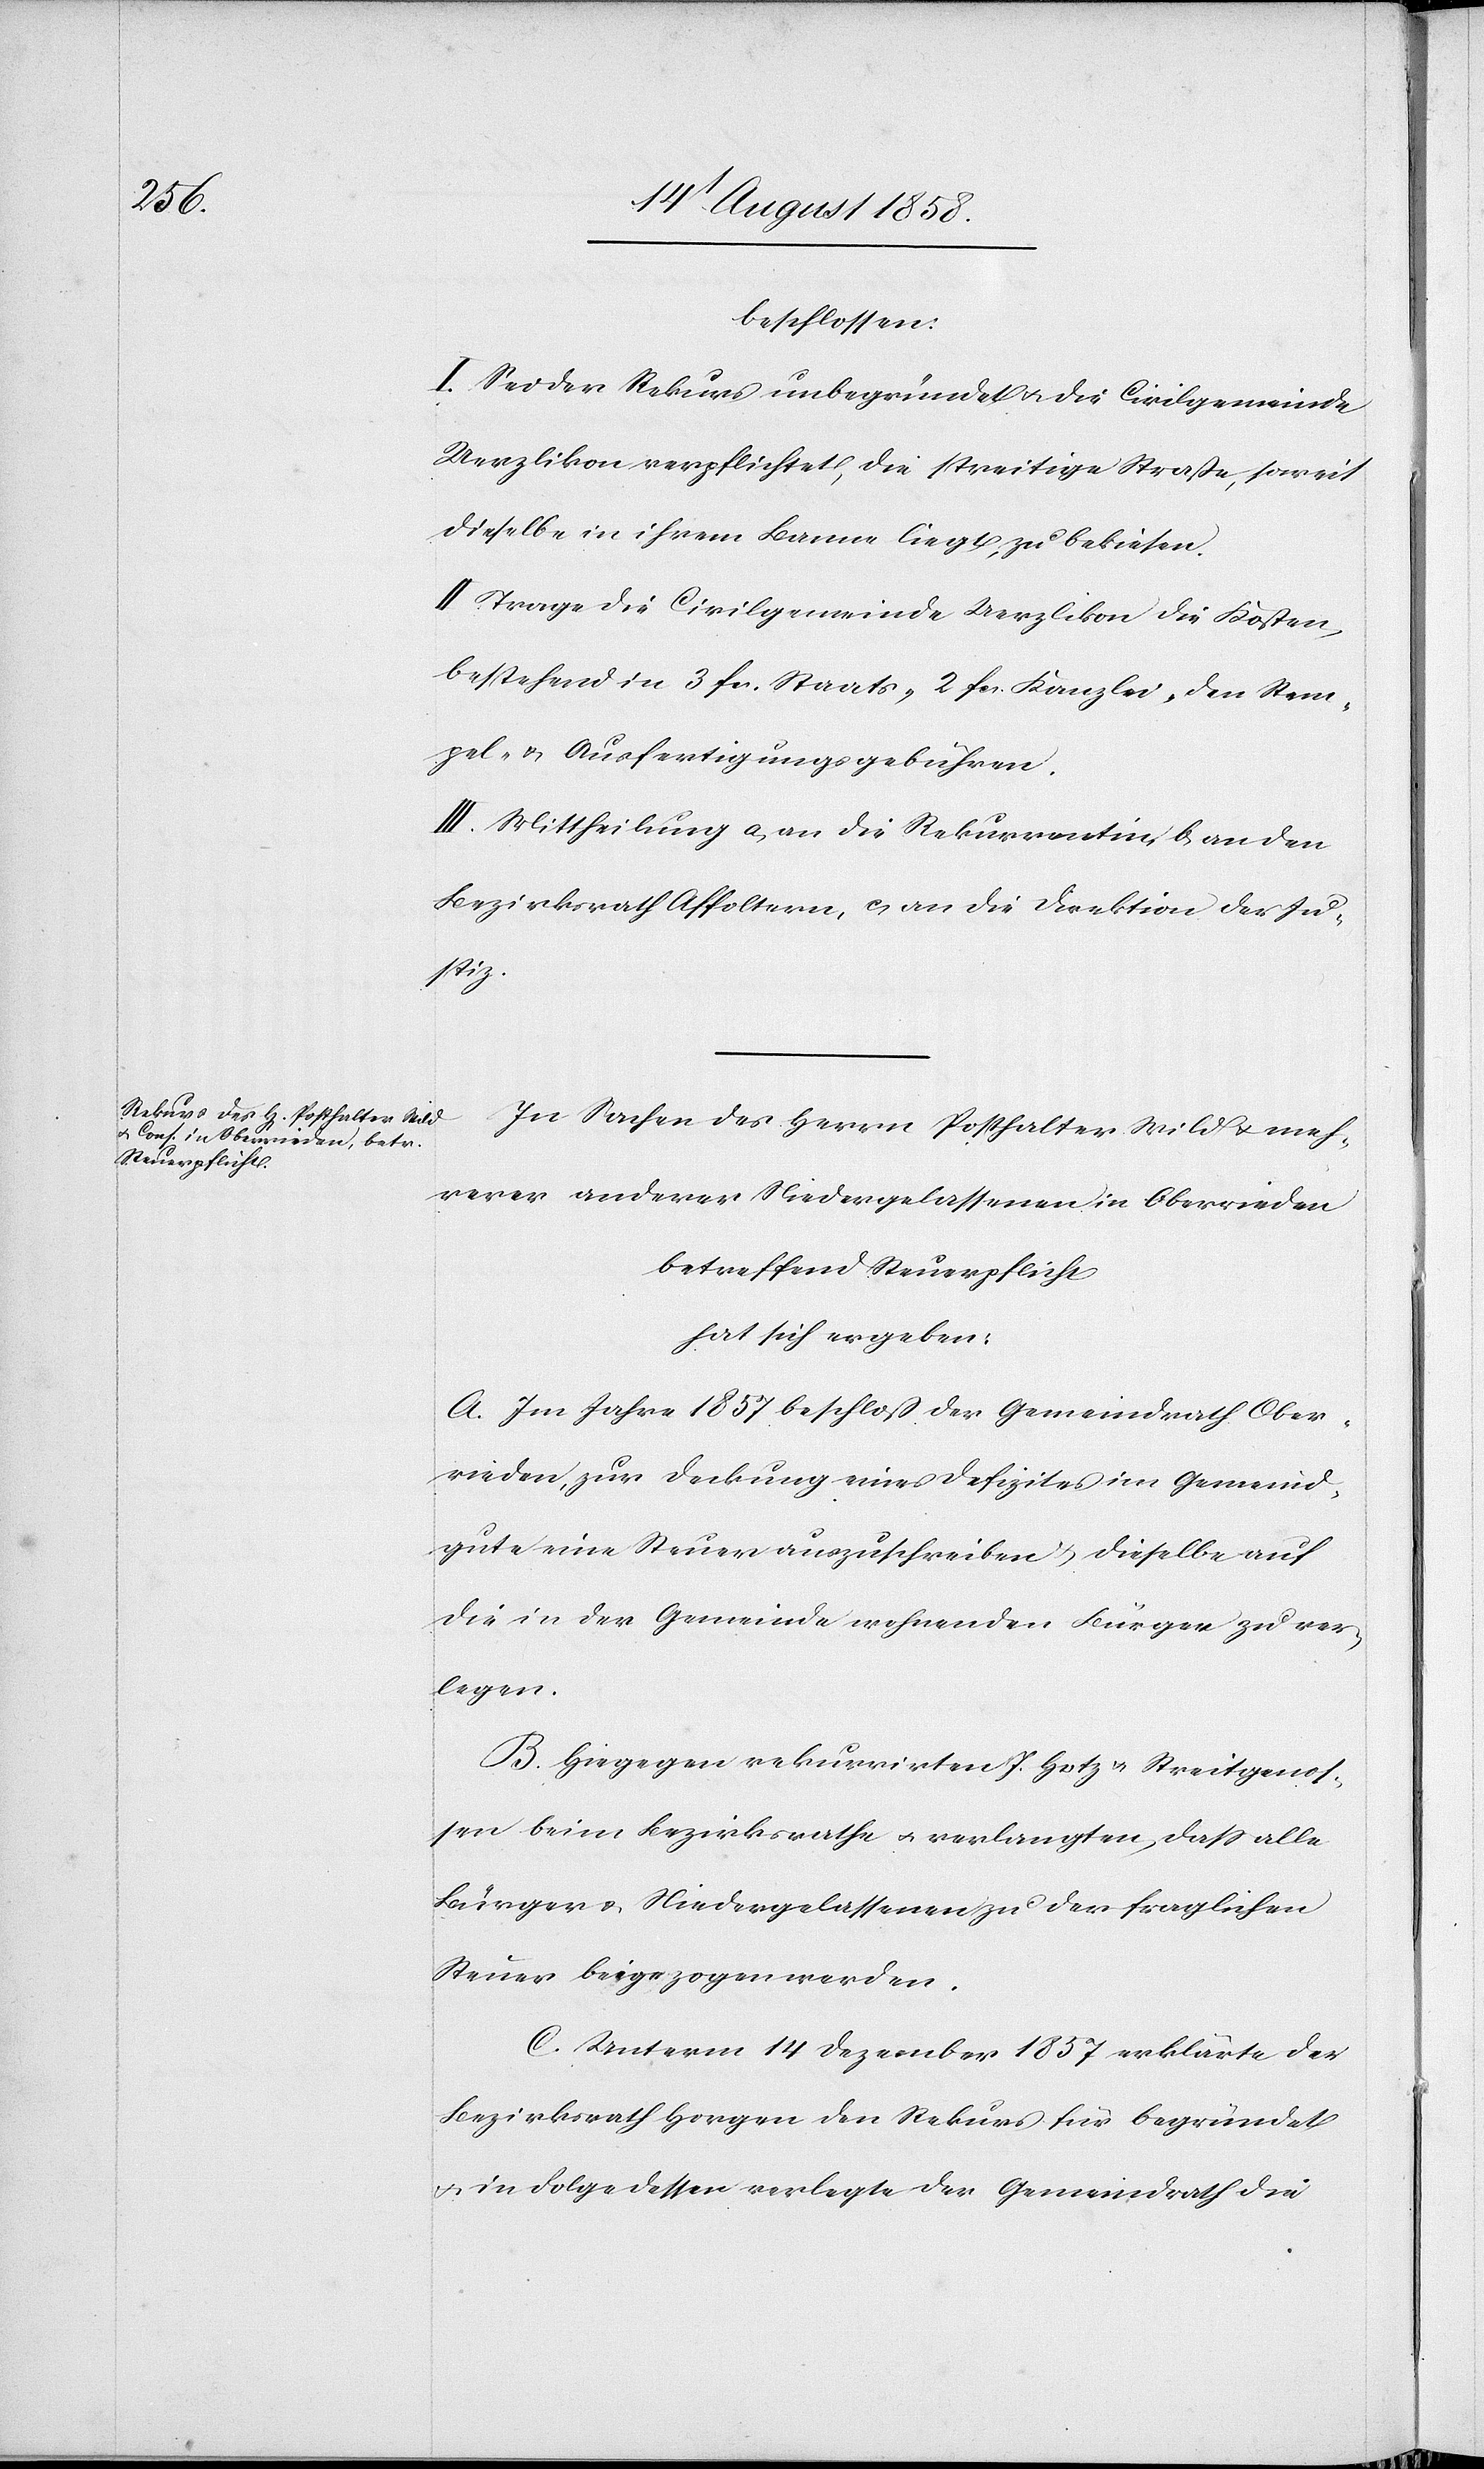
beschlossen:
I. Sei der Rekurs unbegründet & die Civilgemeinde
Uerzlikon verpflichtet, die streitige Straße, soweit
dieselbe in ihrem Banne liegt, zu bekiesen.
II. Trage die Civilgemeinde Uerzlikon die Kosten,
bestehend in 3 fcs. Staats-[,] 2 fcs. Kanzlei- den Stem¬
pel- & Ausfertigungsgebühren.
III. Mittheilung a) an die Rekurrentin, b) an den
Bezirksrath Affoltern, c) an die Direktion der Ju¬
stiz.
In Sachen des Herrn Posthalter Wild & meh¬
rerer anderer Niedergelassenen in Oberrieden
betreffend Steuerpflicht
hat sich ergeben:
A. Im Jahre 1857 beschloß der Gemeindrath Ober¬
rieden, zur Deckung eines Defizites im Gemeind¬
gute eine Steuer auszuschreiben & dieselbe auf
die in der Gemeinde wohnenden Bürger zu ver¬
legen.
B. Hiegegen rekurrirten J. Hotz & Streitgenos¬
sen beim Bezirksrathe & verlangten, dass alle
Bürger & Niedergelassenen zu der fraglichen
Steuer beigezogen werden.
C. Unterm 14 Dezember 1857 erklärte der
Bezirksrath Horgen den Rekurs für begründet
& in Folge dessen verlegte der Gemeindrath die